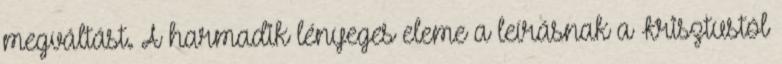
megváltást. A harmadik lényeges eleme a leírásnak a Krisztustól